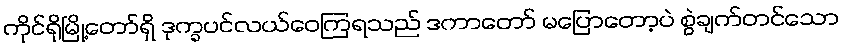
ကိုင်ရိုမြို့တော်ရှိ ဒုက္ခပင်လယ်ဝေကြရသည် ဒကာတော် မပြောတော့ပဲ စွဲချက်တင်သော